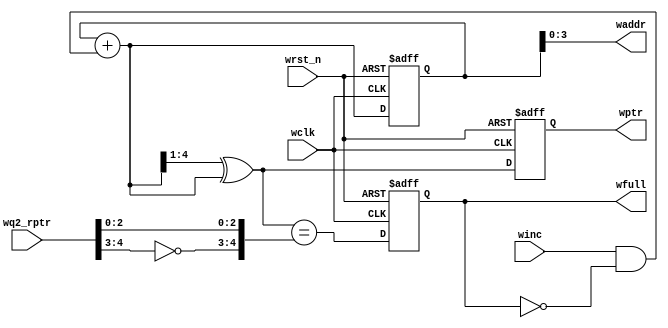
module wptr_full #(parameter ADDRSIZEL = 4)
(
input wclk,wrst_n,winc,
input [ADDRSIZEL : 0] wq2_rptr,
output [ADDRSIZEL : 0] wptr,
output [ADDRSIZEL-1 : 0] waddr,
output wfull
);

reg [ADDRSIZEL : 0] wbin,wptr;
reg wfull;
wire [ADDRSIZEL : 0] wbnext,wgnext;

always@(posedge wclk or negedge wrst_n)
if(!wrst_n)
  {wbin,wptr} <= 0;
else
  {wbin,wptr} <= {wbnext,wgnext};
  
assign waddr = wbin[ADDRSIZEL-1 : 0];    

assign wbnext = wbin + (winc & ~wfull);

assign wgnext = (wbnext>>1) ^ (wbnext);

wire wfull_val;

assign wfull_val = (wgnext == {~wq2_rptr[ADDRSIZEL : ADDRSIZEL-1],wq2_rptr[ADDRSIZEL-2 : 0]});

always@(posedge wclk or negedge wrst_n)
if(!wrst_n)
  wfull <= 1;
else
  wfull <= wfull_val;
  
endmodule